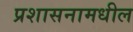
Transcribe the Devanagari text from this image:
प्रशासनामधील